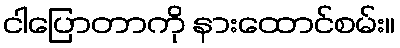
ငါပြောတာကို နားထောင်စမ်း။